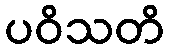
ပဝိသတိ